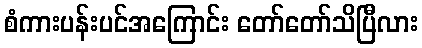
စံကားပန်းပင်အကြောင်း တော်တော်သိပြီလား